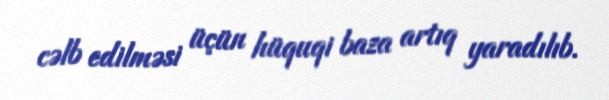
cəlb edilməsi üçün hüquqi baza artıq yaradılıb.